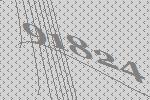
91824